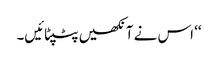
‘‘ اس نے آنکھیں پٹپٹائیں۔